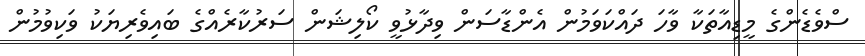
ސްވެޑެންގެ މީޑިއާތަކާ ވާހަަ ދައްކަވަމުން އެންޑާސަން ވިދާޅުވީ ކޯލިޝަން ސަރުކާރެއްގެ ބައިވެރިޔަކު ވަކިވުމުން